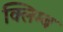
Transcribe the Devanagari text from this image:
क्लिम्ब